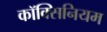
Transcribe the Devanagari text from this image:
कॉक्सिनियम